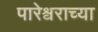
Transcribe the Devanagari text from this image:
पारेश्वराच्या